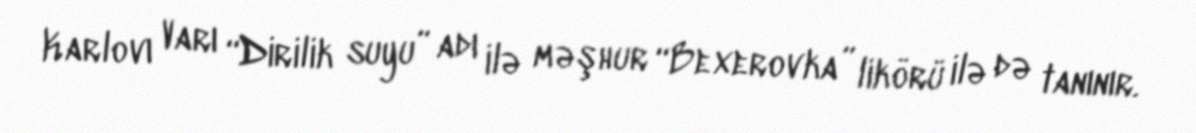
Karlovı Varı “Dirilik suyu” adı ilə məşhur “Bexerovka” likörü ilə də tanınır.